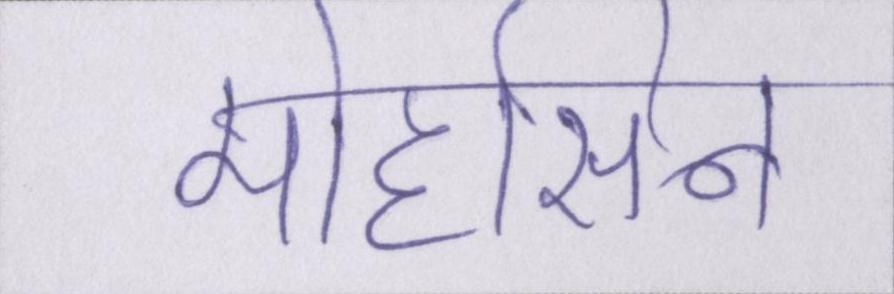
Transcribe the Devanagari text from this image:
मोहसिन